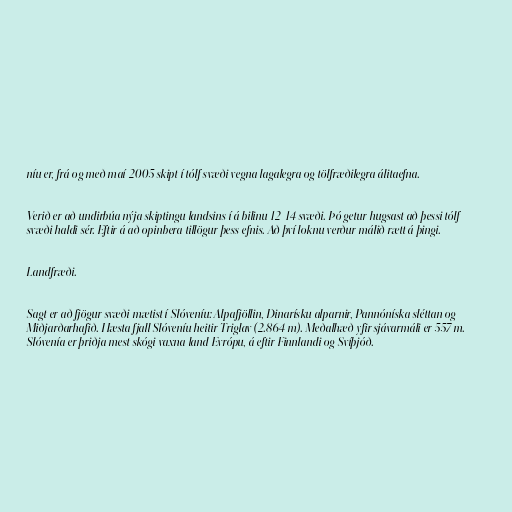
níu er, frá og með maí 2005 skipt í tólf svæði vegna lagalegra og tölfræðilegra álitaefna.

Verið er að undirbúa nýja skiptingu landsins í á bilinu 12-14 svæði. Þó getur hugsast að þessi tólf
svæði haldi sér. Eftir á að opinbera tillögur þess efnis. Að því loknu verður málið rætt á þingi.

Landfræði.

Sagt er að fjögur svæði mætist í Slóveníu: Alpafjöllin, Dinarísku alparnir, Pannóníska sléttan og
Miðjarðarhafið. Hæsta fjall Slóveníu heitir Triglav (2.864 m). Meðalhæð yfir sjávarmáli er 557 m.
Slóvenía er þriðja mest skógi vaxna land Evrópu, á eftir Finnlandi og Svíþjóð.